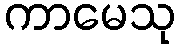
ကာမေသု